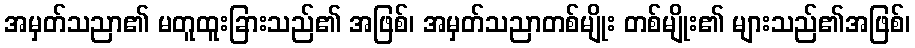
အမှတ်သညာ၏ မတူထူးခြားသည်၏ အဖြစ်၊ အမှတ်သညာတစ်မျိုး တစ်မျိုး၏ များသည်၏အဖြစ်၊